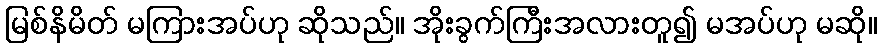
မြစ်နိမိတ် မကြားအပ်ဟု ဆိုသည်။ အိုးခွက်ကြီးအလားတူ၍ မအပ်ဟု မဆို။